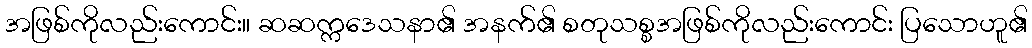
အဖြစ်ကိုလည်းကောင်း။ ဆဆက္ကဒေသနာ၏ အနက်၏ စတုသစ္စအဖြစ်ကိုလည်းကောင်း ပြသောဟူ၏